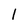
Character: 1